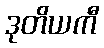
ဒုတိယကီ